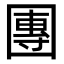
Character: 團